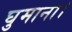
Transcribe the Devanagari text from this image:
घुमाना।